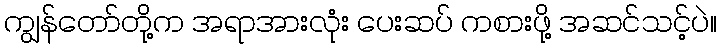
ကျွန်တော်တို့က အရာအားလုံး ပေးဆပ် ကစားဖို့ အဆင်သင့်ပဲ။